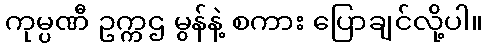
ကုမ္ပဏီ ဥက္ကဌ မွန်နဲ့ စကား ပြောချင်လို့ပါ။